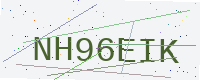
Text: NH96EIK